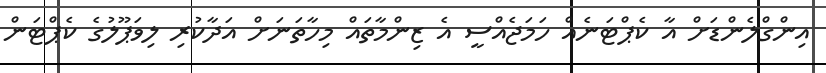
އިންގްލެންޑަށް އާ ކެޕްޓަނެއް ހަމަޖެއްސީ އެ ޒިންމާތައް މިހާތަނަށް އަދާކުރި ލިވަޕޫލުގެ ކެޕްޓަން